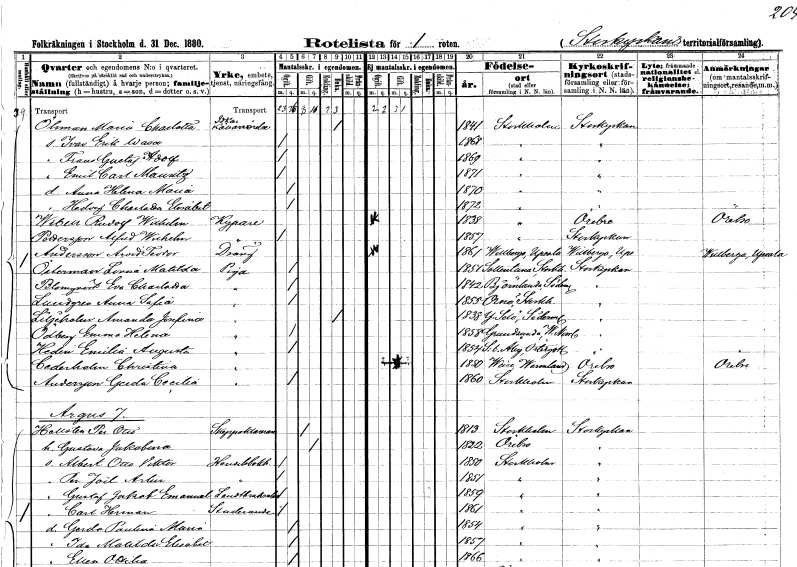
gt_parse: households: individuals: FN: Maria Charlotta
EN: Öhman
YRKE: Källareidkerska
KON: K
CIV: E
FODAR: 1841
FODFORS: Stockholm
FN: Ivan Erik Wasa
KON: M
CIV: O
FODAR: 1868
FODFORS: Stockholm
FN: Frans Gustaf Adolf
KON: M
CIV: O
FODAR: 1869
FODFORS: Stockholm
FN: Emil Carl Mauritz
KON: M
CIV: O
FODAR: 1871
FODFORS: Stockholm
FN: Anna Helena Maria
KON: K
CIV: O
FODAR: 1870
FODFORS: Stockholm
FN: Hedvig Charlotta Elisabet
KON: K
CIV: O
FODAR: 1872
FODFORS: Stockholm
FN: Rudolf Wilhelm
EN: Wibell
YRKE: Kypare
KON: M
CIV: O
FODAR: 1838
FODFORS: Stockholm
FN: Alfred Wilhelm
EN: Pettersson
YRKE: Kypare
KON: M
CIV: O
FODAR: 1857
FODFORS: Stockholm
FN: Arvid Teodor
EN: Andersson
YRKE: Dräng
KON: M
CIV: O
FODAR: 1861
FODFORS: Villberga Uppsala län
FN: Lovisa Matilda
EN: Österman
YRKE: Piga
KON: K
CIV: O
FODAR: 1851
FODFORS: Sollentuna Stockholms län
FN: Eva Charlotta
EN: Blomqvist
YRKE: Piga
KON: K
CIV: O
FODAR: 1842
FODFORS: Björnlunda Södermanlands län
FN: Anna Sofia
EN: Lundgren
YRKE: Piga
KON: K
CIV: O
FODAR: 1855
FODFORS: Ornö Stockholms län
FN: Amanda Josefina
EN: Liljeholm
YRKE: Piga
KON: K
CIV: O
FODAR: 1838
FODFORS: Ytterselö Södermanlands län
FN: Emma Helena
EN: Ödberg
YRKE: Piga
KON: K
CIV: O
FODAR: 1858
FODFORS: Grundsunda Västernorrlands län
FN: Emilia Augusta
EN: Hedin
YRKE: Piga
KON: K
CIV: O
FODAR: 1854
FODFORS: Stora Åby Östergötlands län
FN: Christina
EN: Cederholm
YRKE: Piga
KON: K
CIV: G
FODAR: 1850
FODFORS: Väse Värmlands län
FN: Gerda Cecilia
EN: Andersson
YRKE: Piga
KON: K
CIV: O
FODAR: 1860
FODFORS: Stockholm
FN: Per Otto
EN: Hellsten
YRKE: Skeppsklarerare
KON: M
CIV: G
FODAR: 1813
FODFORS: Stockholm
FN: Gustava Jakobina
KON: K
CIV: G
FODAR: 1822
FODFORS: Örebro Örebro län
FN: Albert Otto Viktor
YRKE: Handelsbokhållare
KON: M
CIV: O
FODAR: 1850
FODFORS: Stockholm
FN: Per Joël Artur
YRKE: Handelsbokhållare
KON: M
CIV: O
FODAR: 1851
FODFORS: Stockholm
FN: Gustaf Jakob Emanuel
YRKE: Lantbrukselev
KON: M
CIV: O
FODAR: 1859
FODFORS: Stockholm